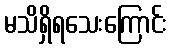
မသိရှိရသေးကြောင်း